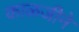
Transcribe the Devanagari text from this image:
काळजीने